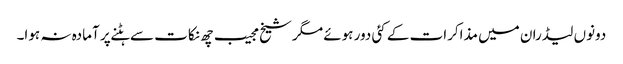
دونوں لیڈران میں مذاکرات کے کئی دور ہوئے مگر شیخ مجیب چھ نکات سے ہٹنے پر آمادہ نہ ہوا۔